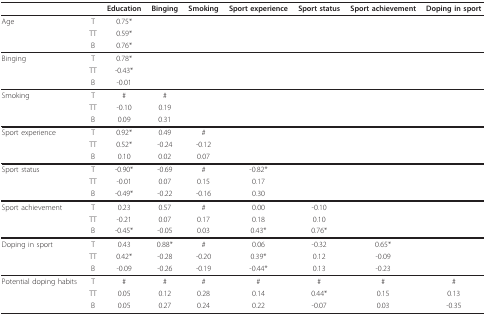
<table><thead><tr><td></td><td></td><td><b>Education</b></td><td><b>Binging</b></td><td><b>Smoking</b></td><td><b>Sport experience</b></td><td><b>Sport status</b></td><td><b>Sport achievement</b></td><td><b>Doping in sport</b></td></tr></thead><tbody><tr><td>Age</td><td>T</td><td>0.75*</td><td></td><td></td><td></td><td></td><td></td><td></td></tr><tr><td></td><td>TT</td><td>0.59*</td><td></td><td></td><td></td><td></td><td></td><td></td></tr><tr><td></td><td>B</td><td>0.76*</td><td></td><td></td><td></td><td></td><td></td><td></td></tr><tr><td>Binging</td><td>T</td><td>0.78*</td><td></td><td></td><td></td><td></td><td></td><td></td></tr><tr><td></td><td>TT</td><td>-0.43*</td><td></td><td></td><td></td><td></td><td></td><td></td></tr><tr><td></td><td>B</td><td>-0.01</td><td></td><td></td><td></td><td></td><td></td><td></td></tr><tr><td>Smoking</td><td>T</td><td>#</td><td>#</td><td></td><td></td><td></td><td></td><td></td></tr><tr><td></td><td>TT</td><td>-0.10</td><td>0.19</td><td></td><td></td><td></td><td></td><td></td></tr><tr><td></td><td>B</td><td>0.09</td><td>0.31</td><td></td><td></td><td></td><td></td><td></td></tr><tr><td>Sport experience</td><td>T</td><td>0.92*</td><td>0.49</td><td>#</td><td></td><td></td><td></td><td></td></tr><tr><td></td><td>TT</td><td>0.52*</td><td>-0.24</td><td>-0.12</td><td></td><td></td><td></td><td></td></tr><tr><td></td><td>B</td><td>0.10</td><td>0.02</td><td>0.07</td><td></td><td></td><td></td><td></td></tr><tr><td>Sport status</td><td>T</td><td>-0.90*</td><td>-0.69</td><td>#</td><td>-0.82*</td><td></td><td></td><td></td></tr><tr><td></td><td>TT</td><td>-0.01</td><td>0.07</td><td>0.15</td><td>0.17</td><td></td><td></td><td></td></tr><tr><td></td><td>B</td><td>-0.49*</td><td>-0.22</td><td>-0.16</td><td>0.30</td><td></td><td></td><td></td></tr><tr><td>Sport achievement</td><td>T</td><td>0.23</td><td>0.57</td><td>#</td><td>0.00</td><td>-0.10</td><td></td><td></td></tr><tr><td></td><td>TT</td><td>-0.21</td><td>0.07</td><td>0.17</td><td>0.18</td><td>0.10</td><td></td><td></td></tr><tr><td></td><td>B</td><td>-0.45*</td><td>-0.05</td><td>0.03</td><td>0.43*</td><td>0.76*</td><td></td><td></td></tr><tr><td>Doping in sport</td><td>T</td><td>0.43</td><td>0.88*</td><td>#</td><td>0.06</td><td>-0.32</td><td>0.65*</td><td></td></tr><tr><td></td><td>TT</td><td>0.42*</td><td>-0.28</td><td>-0.20</td><td>0.39*</td><td>0.12</td><td>-0.09</td><td></td></tr><tr><td></td><td>B</td><td>-0.09</td><td>-0.26</td><td>-0.19</td><td>-0.44*</td><td>0.13</td><td>-0.23</td><td></td></tr><tr><td>Potential doping habits</td><td>T</td><td>#</td><td>#</td><td>#</td><td>#</td><td>#</td><td>#</td><td>#</td></tr><tr><td></td><td>TT</td><td>0.05</td><td>0.12</td><td>0.28</td><td>0.14</td><td>0.44*</td><td>0.15</td><td>0.13</td></tr><tr><td></td><td>B</td><td>0.05</td><td>0.27</td><td>0.24</td><td>0.22</td><td>-0.07</td><td>0.03</td><td>-0.35</td></tr></tbody></table>